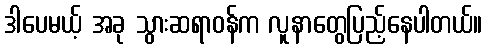
ဒါပေမယ့် အခု သွားဆရာဝန်က လူနာတွေပြည့်နေပါတယ်။